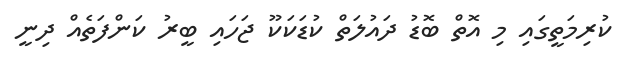
ކުރިމަތީގައި މި އޮތް ބޮޑު ދައުލަތް ކުޑަކަކޫ ޖަހައި ބީރު ކަންފަތެއް ދިނީ